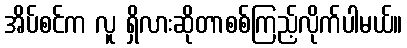
အိပ်စင်က လူ ရှိလားဆိုတာစစ်ကြည့်လိုက်ပါမယ်။